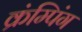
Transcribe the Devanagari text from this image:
क्रंम्पिंग